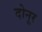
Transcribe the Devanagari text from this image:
दोनूर